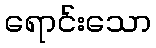
ရောင်းသော